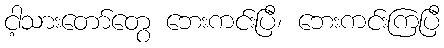
ငါ့သားတော်တွေ ဘေးကင်းပြီ၊ ဘေးကင်းကြပြီ